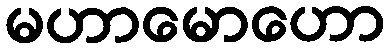
မဟာမောဟော